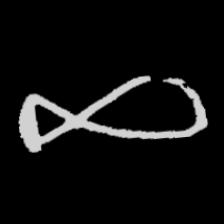
Pyu character \u2014 Myanmar letter: ဆ (romanized: cha)